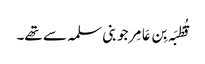
قُطْبَہ بِن عَامِر جو بنی سلمہ سے تھے۔